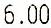
6.00